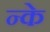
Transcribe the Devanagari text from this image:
न्के